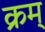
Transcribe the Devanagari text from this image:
क्रम्